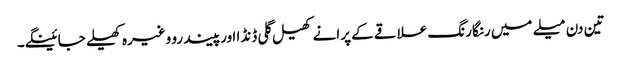
تین دن میلے میں رنگارنگ علاقے کے پرانے کھیل گلی ڈنڈا اورپیندرو وغیرہ کھیلے جائینگے۔